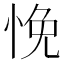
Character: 悗